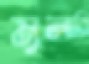
মুলারি